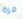
مرة